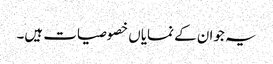
یہ جوان کے نمایاں خصوصیات ہیں۔